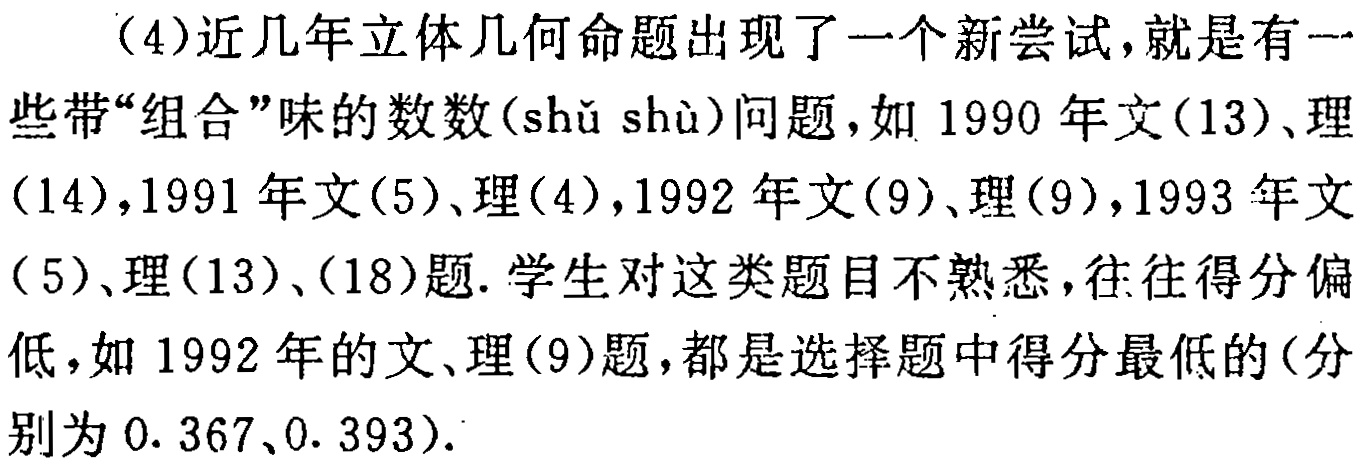
（4）近几年立体几何命题出现了一个新尝试，就是有一些带“组合”味的数数(\(shǔ shù\))问题，如 1990 年文(13)、理(14)，1991 年文(5)、理(4)，1992 年文(9)、理(9)，1993 年文(5)、理(13)、(18)题. 学生对这类题目不熟悉，往往得分偏低，如 1992 年的文、理(9)题，都是选择题中得分最低的(分别为 \(0.367\)、\(0.393\)).